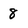
Character: 8